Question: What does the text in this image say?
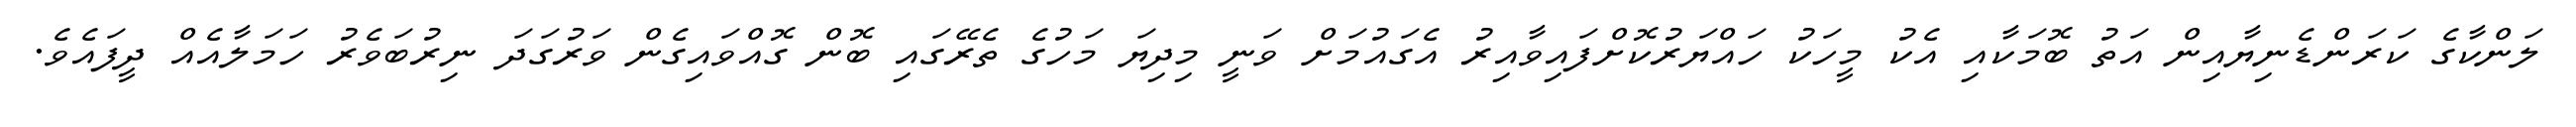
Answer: ލަންކާގެ ކަރަންޑެނިޔާއިން އަތު ބޮމަކާއި އެކު މީހަކު ހައްޔަރުކޮށްފައިވާއިރު އެގައުމަށް ވަނީ މިދިޔަ މަހުގެ ތެރޭގައި ބޮން ގޮއްވައިގެން ވަރުގަދަ ނިރުބަވެރު ހަމަލާއެއް ދީފައެވެ.